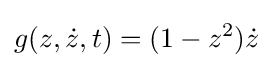
g(z,{\dot {z}},t)=(1-z^{2}){\dot {z}}